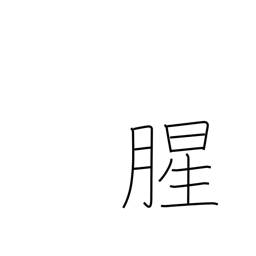
Meaning: raw smelling